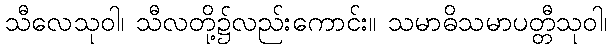
သီလေသုဝါ၊ သီလတို့၌လည်းကောင်း။ သမာဓိသမာပတ္တီသုဝါ၊